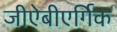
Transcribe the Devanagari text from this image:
जीऐबीएर्गिक